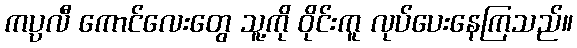
ကပ္ပလီ ကောင်လေးတွေ သူ့ကို ဝိုင်းကူ လုပ်ပေးနေကြသည်။